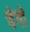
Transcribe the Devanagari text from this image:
चेगो